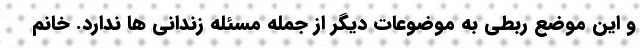
و این موضع ربطی به موضوعات دیگر از جمله مسئله زندانی ها ندارد. خانم